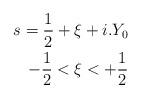
LaTeX: \begin{align*}s=\frac{1}{2}+\xi +i.Y_0\\-\frac{1}{2}<\xi <+\frac{1}{2} \end{align*}